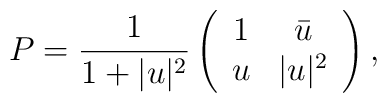
P=\frac{1}{1+|u|^2}   \left(     \begin{array}{cc}        1 & \bar{u} \\        u & |u|^2 \\     \end{array}   \right),